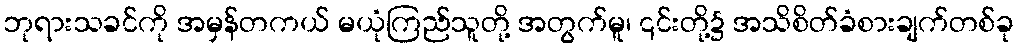
ဘုရားသခင်ကို အမှန်တကယ် မယုံကြည်သူတို့ အတွက်မူ၊ ၎င်းတို့၌ အသိစိတ်ခံစားချက်တစ်ခု